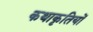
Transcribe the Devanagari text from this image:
कथाकृतियों